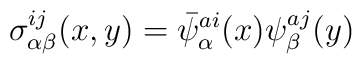
\sigma^{ij}_{\alpha\beta}(x,y)=\bar{\psi}^{ai}_{\alpha}(x)\psi^{aj}_{\beta}(y)